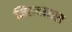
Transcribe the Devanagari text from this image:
मिळवनारा